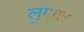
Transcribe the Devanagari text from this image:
लुगाश